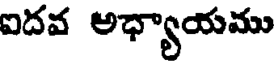
ఐదవ అధ్యాయము